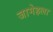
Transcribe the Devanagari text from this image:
जामेहला